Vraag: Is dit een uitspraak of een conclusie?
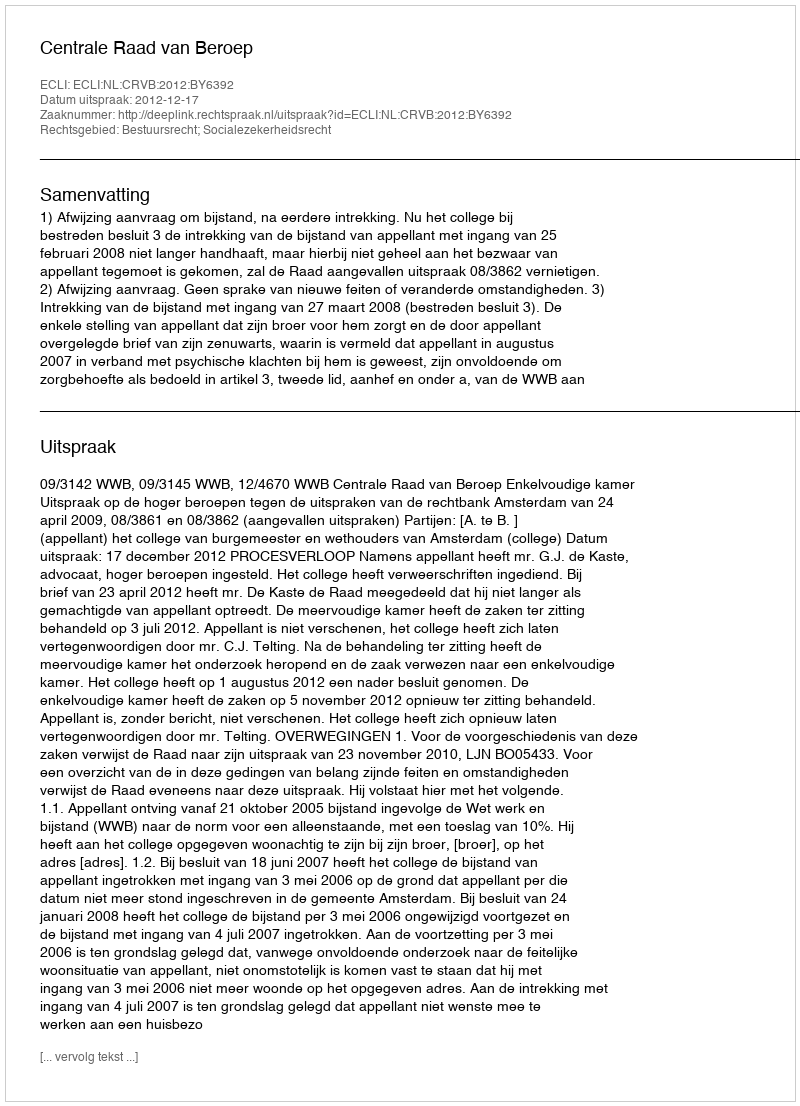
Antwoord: Uitspraak